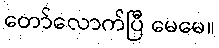
တော်လောက်ပြီ မေမေ။